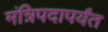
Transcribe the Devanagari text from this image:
मंत्रिपदापर्यंत